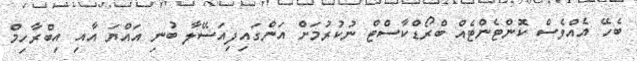
ބެހޭ އެއްވެސް ކޮންޓެންޓެއް ބްރޯޑްކާސްޓް ނުކުރުމަށް އަންގައިފިއަސޭލާ ބުނި އައްޔަ އާއި އިބްރާހިމް